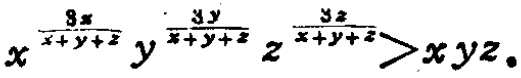
$x^{\frac {3x}{x + y+z}}y^{\frac {3y}{x + y + z}}z^{\frac {3z}{x + y + z}}>xyz$